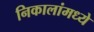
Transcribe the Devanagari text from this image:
निकालांमध्ये